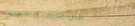
أفضل الخيارات لمناسباتكم